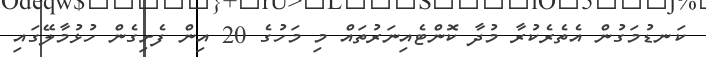
ކަނޑުމަގުން އެތެރެކުރާ މުދާ ކޮންޓެއިނަރުތައް މި މަހުގެ 20 އިން ފެށިގެން ހުޅުމާލޭގައި